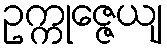
ဥက္ကုဇ္ဇေယျ